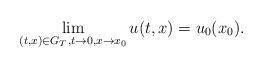
LaTeX: \begin{align*}\lim_{(t,x)\in G_T, t\to0,x\to x_0} u(t,x)=u_0(x_0).\end{align*}